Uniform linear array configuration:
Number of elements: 24
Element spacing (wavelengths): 0.75
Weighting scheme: cosine
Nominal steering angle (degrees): -15
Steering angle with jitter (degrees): -15.829
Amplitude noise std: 0.05
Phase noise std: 0.05

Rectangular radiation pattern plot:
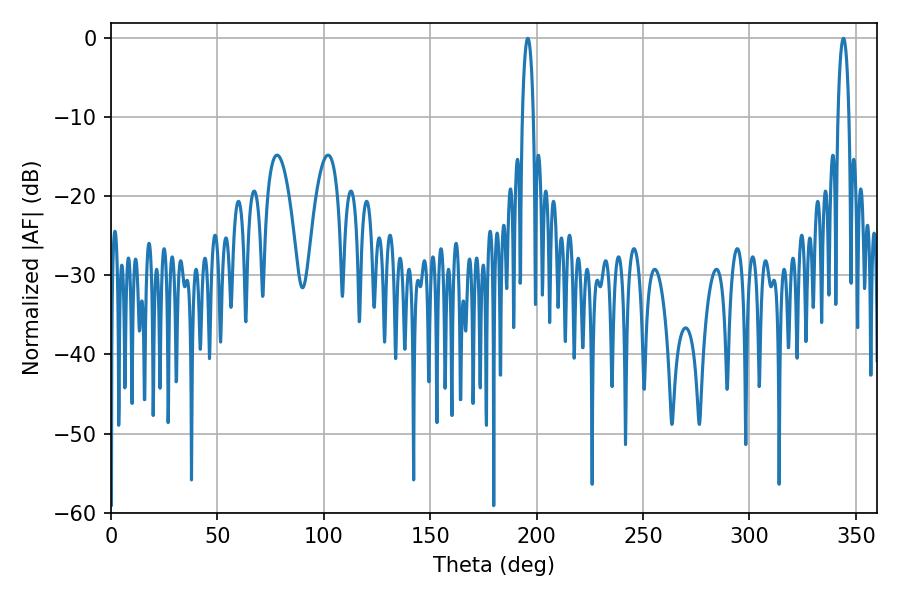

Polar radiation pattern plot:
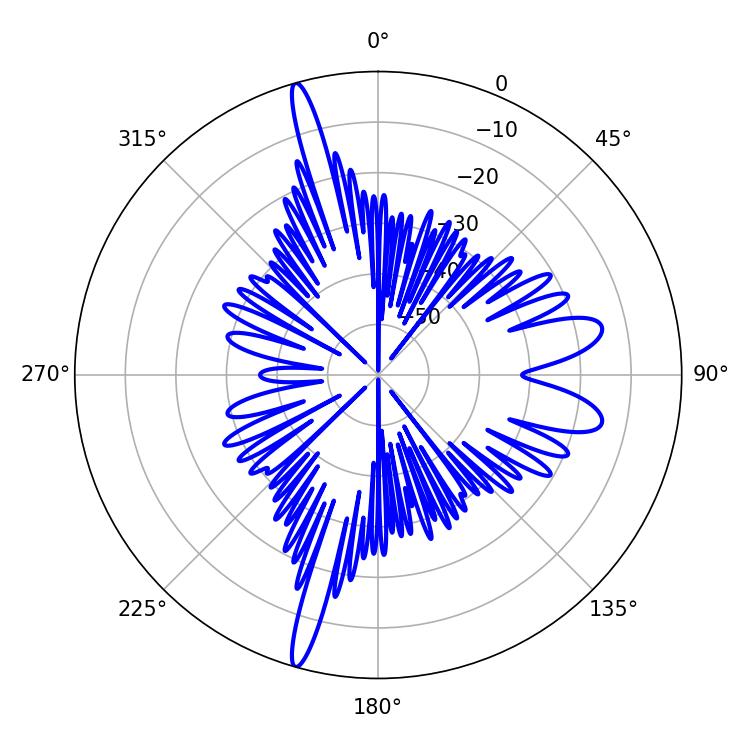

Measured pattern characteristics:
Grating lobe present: TRUE
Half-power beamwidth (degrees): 2.88
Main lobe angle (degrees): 195.84